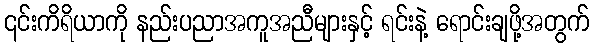
၎င်းကိရိယာကို နည်းပညာအကူအညီများနှင့် ရင်းနဲ့ ရောင်းချဖို့အတွက်